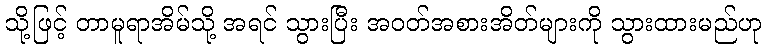
သို့ဖြင့် တာမူရာအိမ်သို့ အရင် သွားပြီး အဝတ်အစားအိတ်များကို သွားထားမည်ဟု